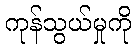
ကုန်သွယ်မှုကို